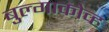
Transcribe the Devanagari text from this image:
बुल्गाकोव्ह